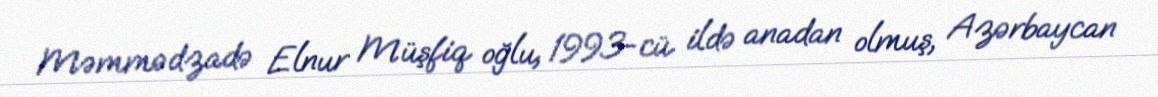
Məmmədzadə Elnur Müşfiq oğlu, 1993-cü ildə anadan olmuş, Azərbaycan